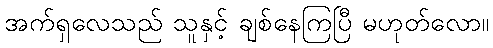
အက်ရှလေသည် သူနှင့် ချစ်နေကြပြီ မဟုတ်လော။